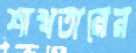
শাখতারের